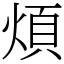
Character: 煩